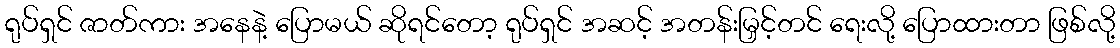
ရုပ်ရှင် ဇာတ်ကား အနေနဲ့ ပြောမယ် ဆိုရင်တော့ ရုပ်ရှင် အဆင့် အတန်းမြှင့်တင် ရေးလို့ ပြောထားတာ ဖြစ်လို့